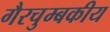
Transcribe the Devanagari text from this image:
गैरचुम्बकीय